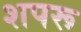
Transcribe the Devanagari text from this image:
शपरू